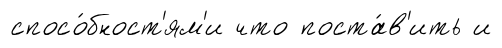
спосо́бност'ям'и что поста́в'ить и